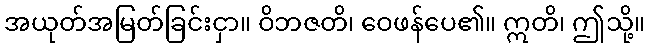
အယုတ်အမြတ်ခြင်းငှာ။ ဝိဘဇတိ၊ ဝေဖန်ပေ၏။ ဣတိ၊ ဤသို့။